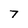
Character: 7